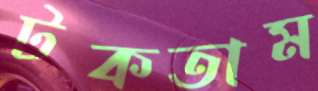
টকতাম